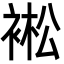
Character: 䘴